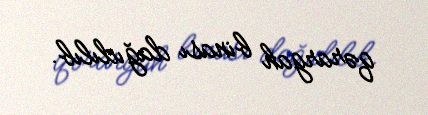
qərargah binası dağıdılıb.